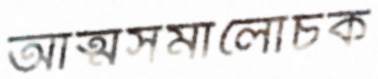
আত্মসমালোচক